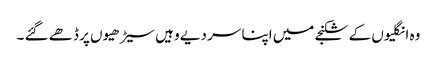
وہ انگلیوں کے شکنجے میں اپنا سر دیے وہیں سیڑھیوں پر ڈھے گئے ۔